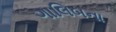
ગાલિબના